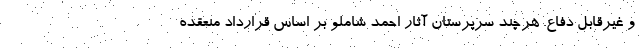
و غیرقابل دفاع. هرچند سرپرستان آثار احمد شاملو بر اساس قرارداد منعقده